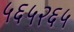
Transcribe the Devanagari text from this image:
५६५२६५